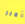
أمرر